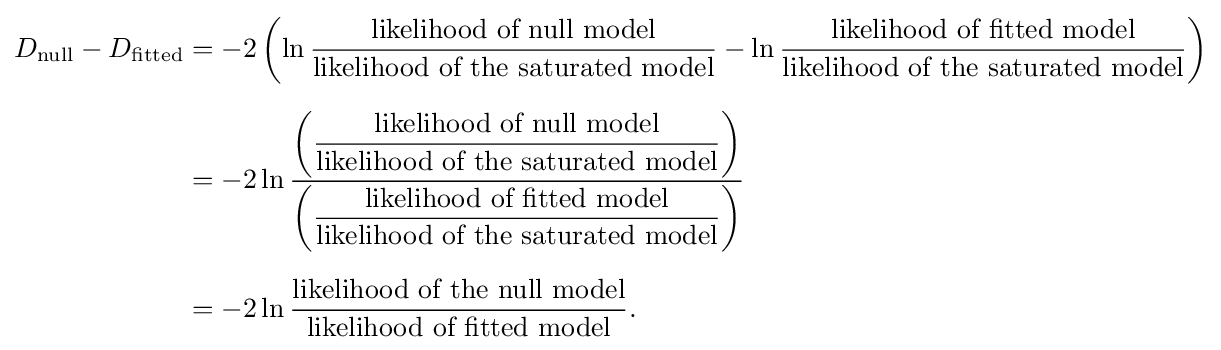
{\begin{aligned}D_{\text{null}}-D_{\text{fitted}}&=-2\left(\ln {\frac {\text{likelihood of null model}}{\text{likelihood of the saturated model}}}-\ln {\frac {\text{likelihood of fitted model}}{\text{likelihood of the saturated model}}}\right)\\[6pt]&=-2\ln {\frac {\left({\dfrac {\text{likelihood of null model}}{\text{likelihood of the saturated model}}}\right)}{\left({\dfrac {\text{likelihood of fitted model}}{\text{likelihood of the saturated model}}}\right)}}\\[6pt]&=-2\ln {\frac {\text{likelihood of the null model}}{\text{likelihood of fitted model}}}.\end{aligned}}